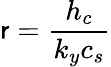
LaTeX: \mathsf{r}={\frac{{h_{c}}}{{k_{y}c_{s}}}}